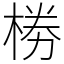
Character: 椦